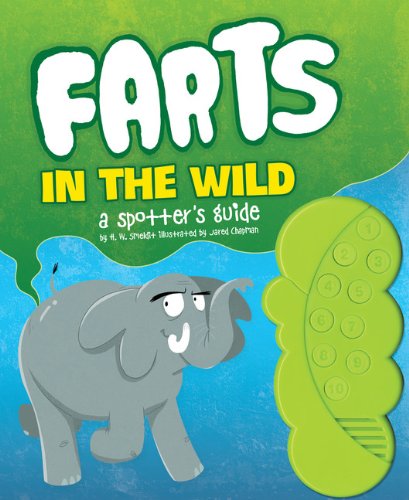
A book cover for Farts in the Wild: A Spotter's Guide; H. W. Smeldit; Humor & Entertainment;